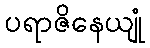
ပရာဇိနေယျုံ